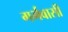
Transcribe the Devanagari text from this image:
गर्भवासी